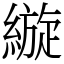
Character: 縼